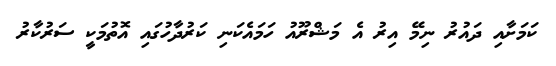
ކަމަށާއި ދައުރު ނިމޭ އިރު އެ މަޝްރޫއު ހަމައެކަނި ކަރުދާހުގައި އޮތުމަކީ ސަރުކާރު